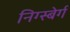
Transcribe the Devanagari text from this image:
निग्स्बेर्ग